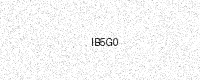
Text: IB5G0